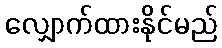
လျှောက်ထားနိုင်မည်